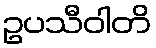
ဥပသီဝါတိ